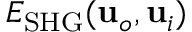
E _ { \mathrm { S H G } } ( \mathbf { u } _ { o } , \mathbf { u } _ { i } )